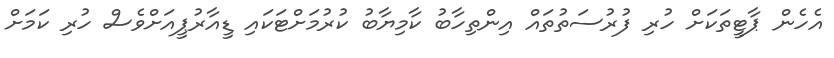
އެހެން ޕާޓީތަކަށް ހުރި ފުރުސަތުތައް އިންތިހާބު ކާމިޔާބު ކުރުމަށްޓަކައި ޑީއާރުޕީއަށްވެސް ހުރި ކަމަށް